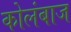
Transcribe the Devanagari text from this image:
कोलंबाज